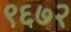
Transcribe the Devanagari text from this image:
९६७२